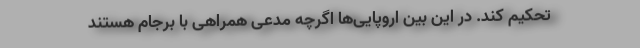
تحکیم کند. در این بین اروپایی‌ها اگرچه مدعی همراهی با برجام هستند